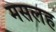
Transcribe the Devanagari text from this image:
मसलह